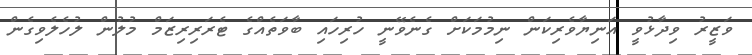
ވަޒީރު ވިދާޅުވީ އަނިޔާވެރިކަން ނިމުމަކަށް ގެނެވޭނީ ހުރިހައި ބާވަތެއްގެ ޓެރަރިރިޒަމް މުލުން ލުހެލެވިގެން